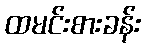
ထမင်းစားခန်း